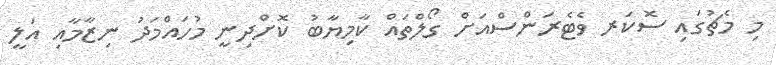
މި މެޗުގައި ސޮކަރ ވެޓެރަންސްއަށް ގޯލްތައް ކާމިޔާބު ކޮށްދިނީ މުހައްމަދު ނިޒާމާއި އަލީ